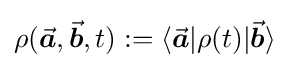
\rho ({\vec {\boldsymbol {a}}},{\vec {\boldsymbol {b}}},t):=\langle {\vec {\boldsymbol {a}}}|\rho (t)|{\vec {\boldsymbol {b}}}\rangle